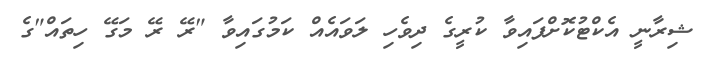
ޝިރާނީ އެކްޓުކޮށްފައިވާ ކުރީގެ ދިވެހި ލަވައެއް ކަމުގައިވާ "ރޭ ރޭ މަގޭ ހިތައް"ގެ